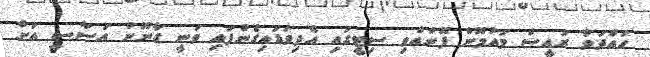
ހައްދަވާ ރައީސް މައުމޫން ފޮނުއްވި ސިޓީގައި އެދިވަޑައިގެންފައި ވަނީ ގާނޫނު އަސާސީ އަށް